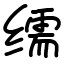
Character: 𦈡